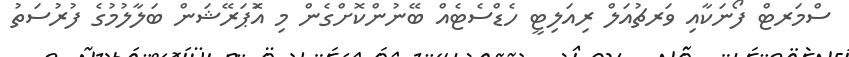
ސްމަރޓް ފޯނަކާއި ވަރޗުއަލް ރިއަލިޓީ ހެޑްސެޓެއް ބޭނުންކޮށްގެން މި އޮަޕަރޭޝަން ބަލާލުމުގެ ފުރުސަތު